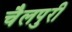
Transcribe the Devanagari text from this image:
चैलपुरी